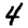
Digit: 4